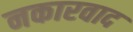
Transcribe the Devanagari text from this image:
नकारवाद